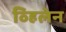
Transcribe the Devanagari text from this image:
व्हिलेन